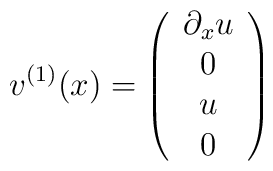
v^{(1)}(x)=\left(\begin{array}{c}\partial_x u\\0\\u\\0\end{array}\right)